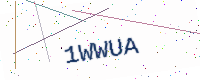
Text: 1WWUA